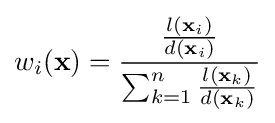
w_{i}(\mathbf {x} )={\frac {\frac {l(\mathbf {x} _{i})}{d(\mathbf {x} _{i})}}{\sum _{k=1}^{n}{\frac {l(\mathbf {x} _{k})}{d(\mathbf {x} _{k})}}}}